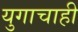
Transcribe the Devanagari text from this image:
युगाचाही